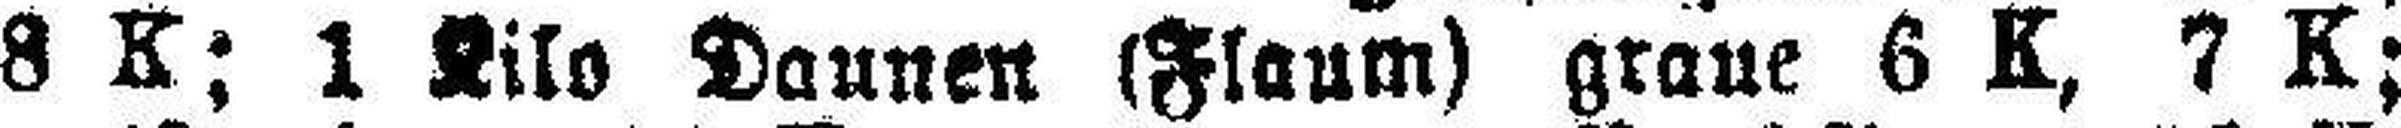
8 K; 1 Kilo Daunen (Flaum) graue 6 K, 7 K;